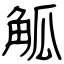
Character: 觚